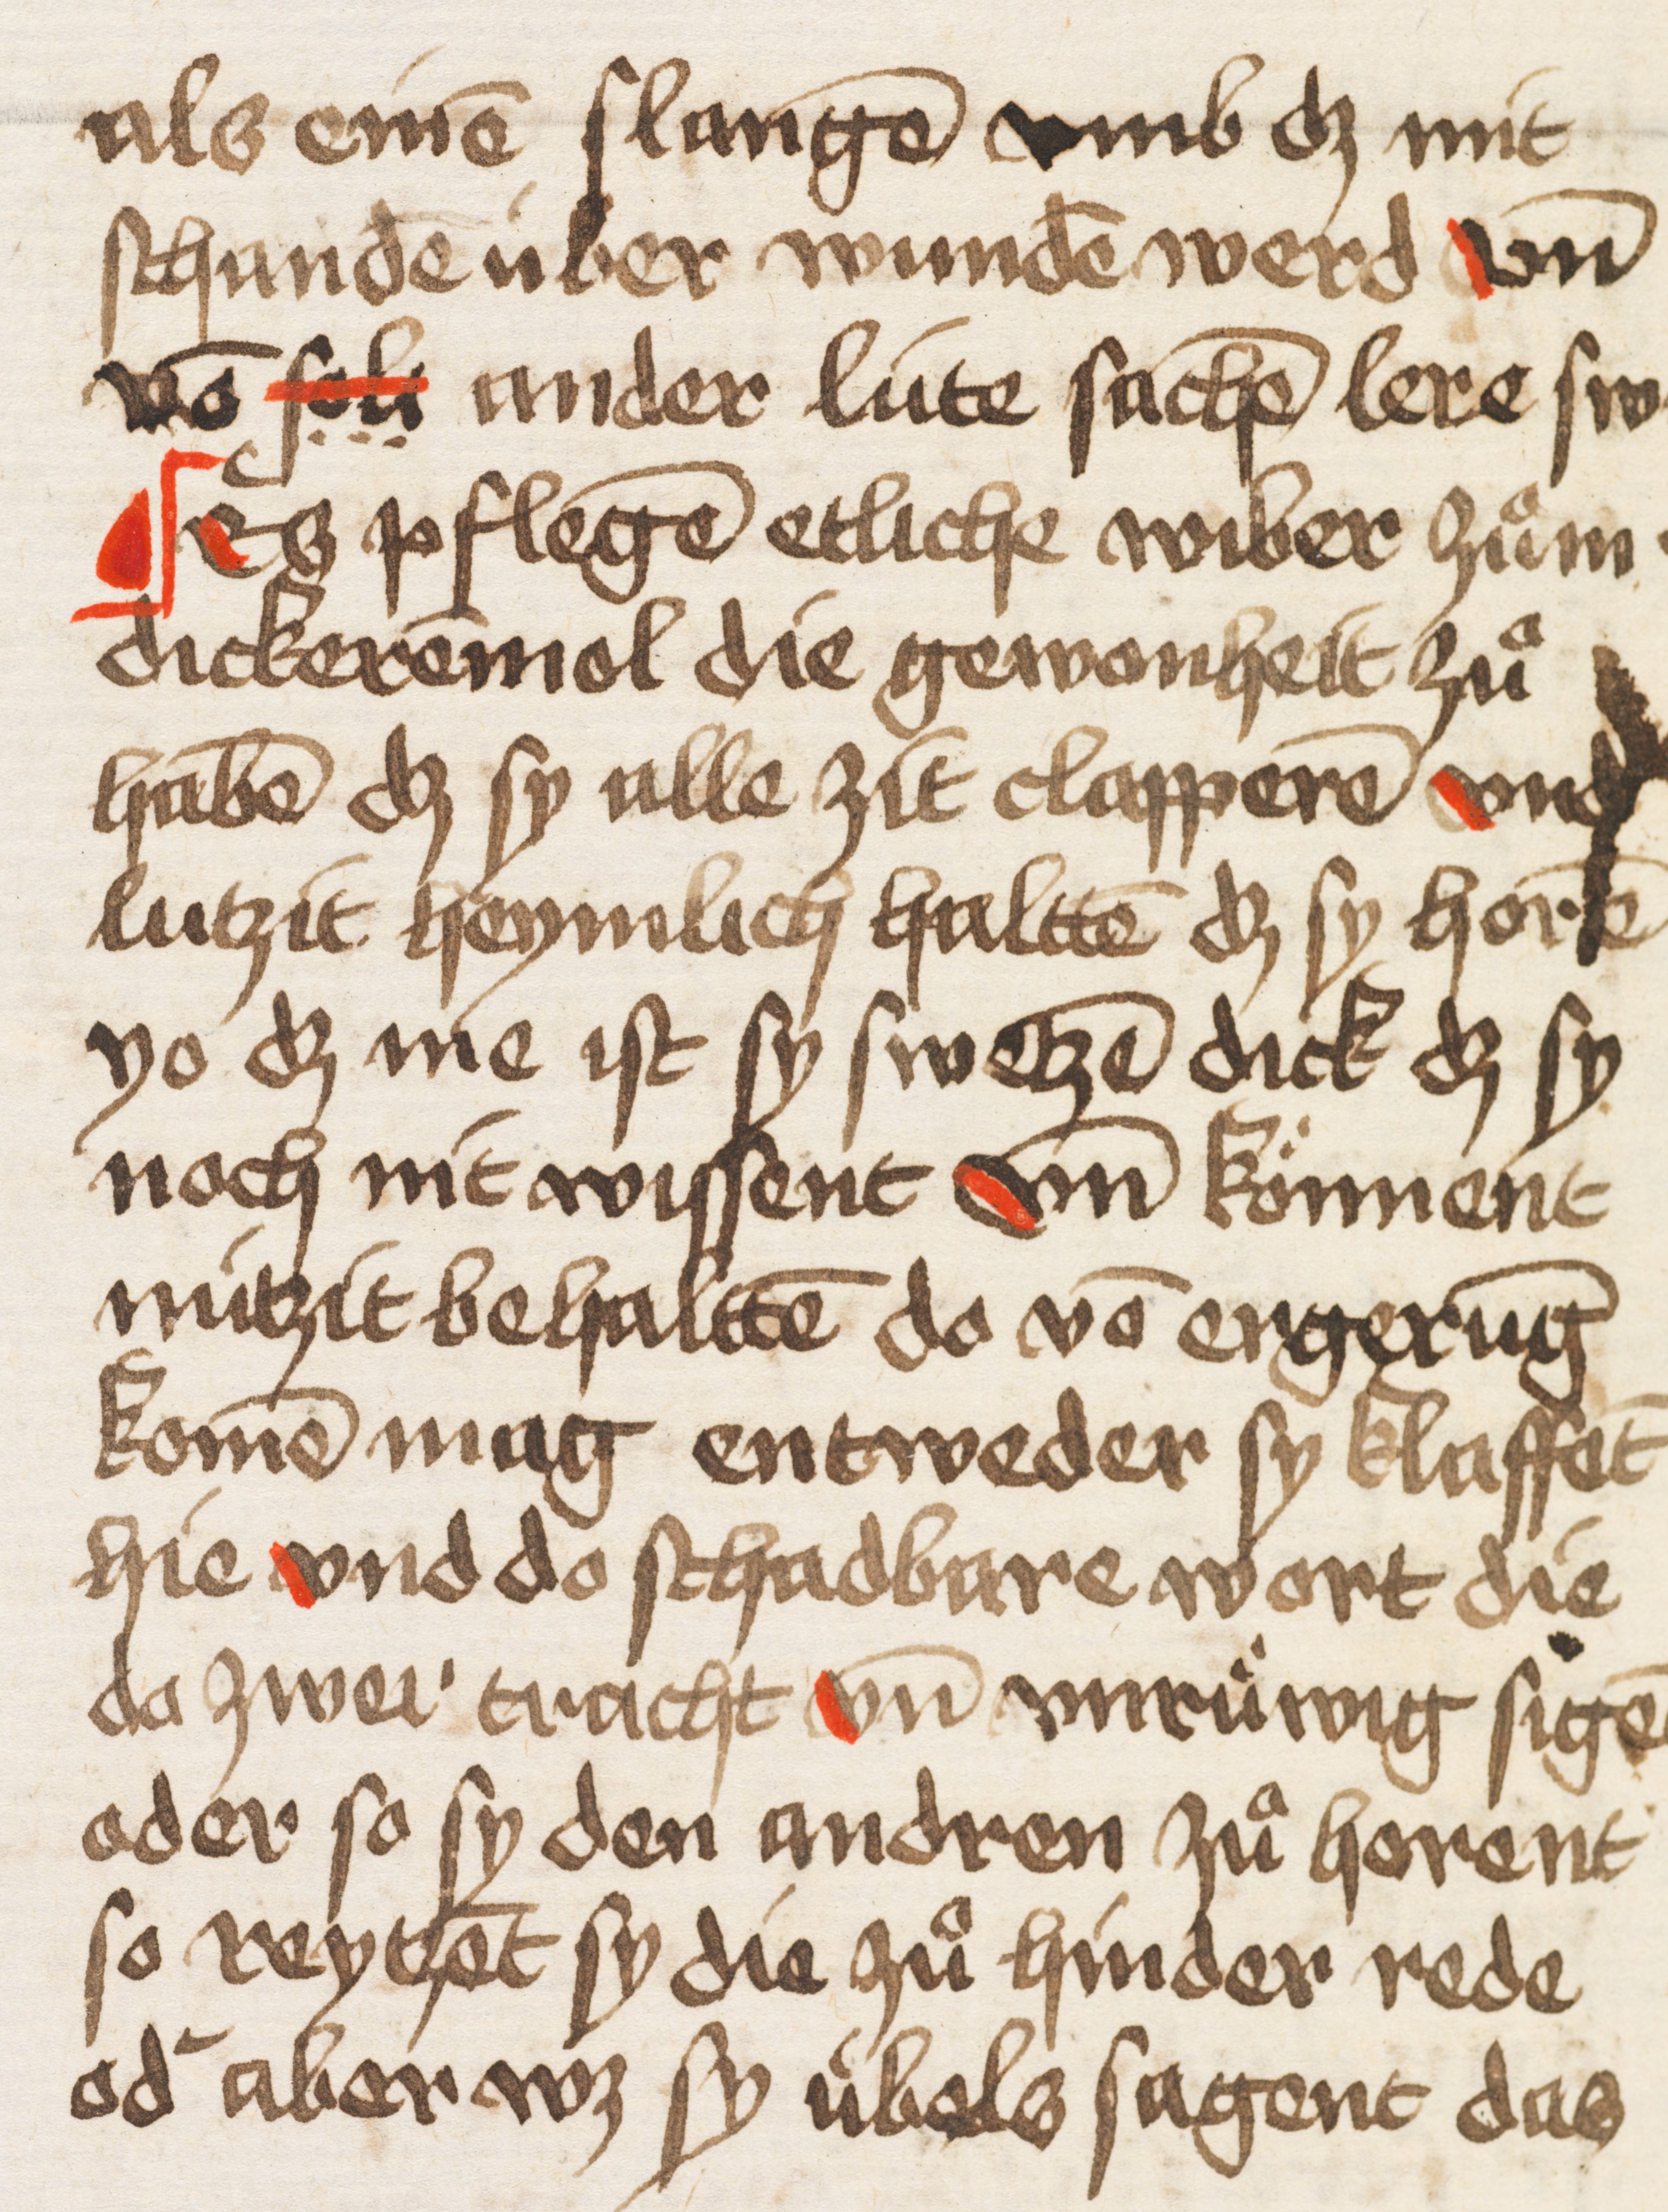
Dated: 1400–1499